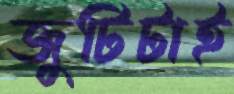
জুটিটাই